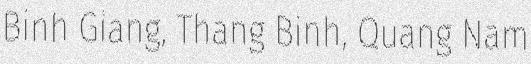
Binh Giang, Thang Binh, Quang Nam